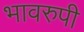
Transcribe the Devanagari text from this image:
भावरुपी